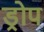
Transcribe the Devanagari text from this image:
ड्रोप